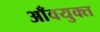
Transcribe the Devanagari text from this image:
आँवयुक्त